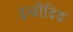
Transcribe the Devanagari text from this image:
इन्ब्रीदिङ